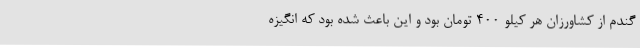
گندم از کشاورزان هر کیلو ۴۰۰ تومان بود و این باعث شده بود که انگیزه